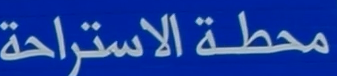
محطة الاستراحة